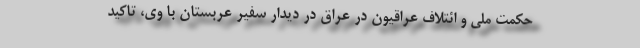
حکمت ملی و ائتلاف عراقیون در عراق در دیدار سفیر عربستان با وی، تاکید